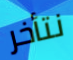
نتأخر